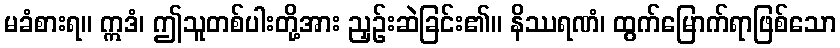
မခံစားရ။ ဣဒံ၊ ဤသူတစ်ပါးတို့အား ညှဉ်းဆဲခြင်း၏။ နိဿရဏံ၊ ထွက်မြောက်ရာဖြစ်သော